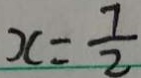
x = \frac { 7 } { 2 }